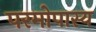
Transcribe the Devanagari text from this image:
परमोपास्य